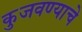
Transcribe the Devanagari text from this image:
कुजवण्याचे